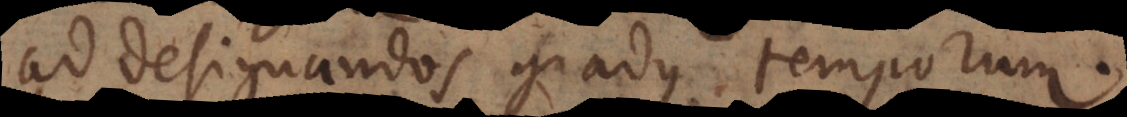
ad designandos gradus temporum.